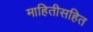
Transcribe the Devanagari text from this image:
माहितीसहित